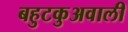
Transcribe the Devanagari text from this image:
बहुटकुअवाली